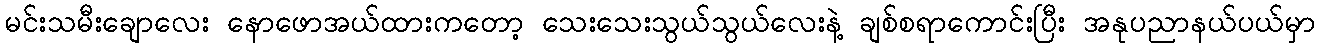
မင်းသမီးချောလေး နောဖောအယ်ထားကတော့ သေးသေးသွယ်သွယ်လေးနဲ့ ချစ်စရာကောင်းပြီး အနုပညာနယ်ပယ်မှာ